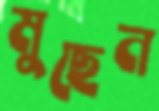
মুছেন